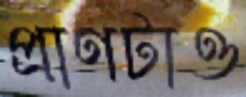
প্রাণটাও